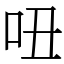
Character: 吜